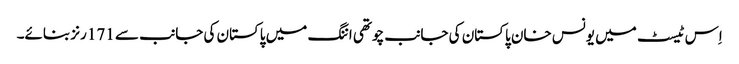
اِس ٹیسٹ میں یونس خان پاکستان کی جانب چوتھی اننگ میں پاکستان کی جانب سے 171 رنز بنائے۔